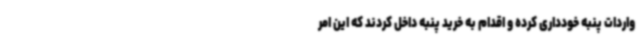
واردات پنبه خودداری کرده و اقدام به خرید پنبه داخل کردند که این امر